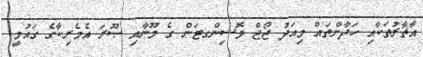
އާޘާރުތަކާއި ހަދާންތައް މިއަދު ޖޯޖް ވޮޝިންގޓަން ގެ މޫނާއި ޞޫރަ އެމެރިކާގެ ގައުމީ